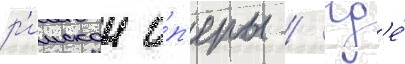
р'имскои о́п'еры / гд'е́